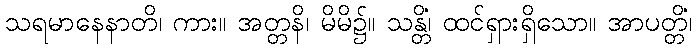
သရမာနေနာတိ၊ ကား။ အတ္တနိ၊ မိမိ၌။ သန္တိံ၊ ထင်ရှားရှိသော။ အာပတ္တိံ၊